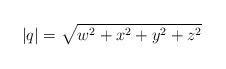
LaTeX: \begin{align*}|q| = \sqrt{w^2 + x^2 + y^2 + z^2}\end{align*}